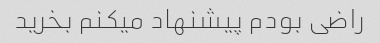
راضی بودم پیشنهاد میکنم بخرید